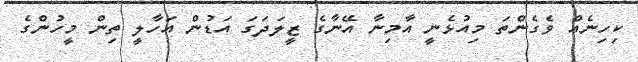
ކިހިނެއް ވެގެންތަ މިއުޅެނީ އާމިނާ އޭނާގެ ޒީލަދަގަ އަޑުން އަހާލީ ތިން މީހުންގެ